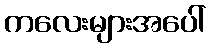
ကလေးများအပေါ်